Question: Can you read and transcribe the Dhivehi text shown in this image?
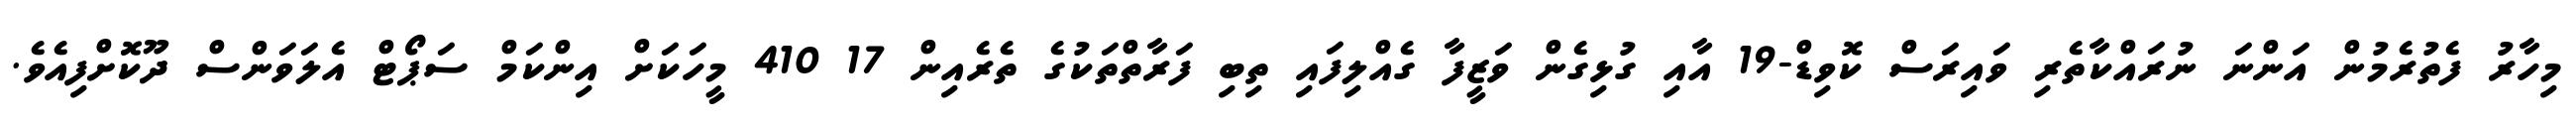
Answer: މިހާރު ފެތުރެމުން އަންނަ ނުރައްކާތެރި ވައިރަސް ކޮވިޑް-19 އާއި ގުޅިގެން ވަޒީފާ ގެއްލިފައި ތިބި ފަރާތްތަކުގެ ތެރެއިން 17 410 މީހަކަށް އިންކަމް ސަޕޯޓް އެލަވަންސް ދޫކޮށްފިއެވެ.